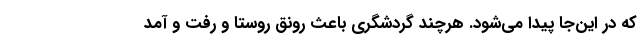
که در این‌جا پیدا می‌شود. هرچند گردشگری باعث رونق روستا و رفت و آمد